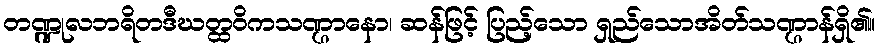
တဏ္ဍုလဘရိတဒီဃတ္ထဝိကသဏ္ဌာနော၊ ဆန်ဖြင့် ပြည့်သော ရှည်သောအိတ်သဏ္ဌာန်ရှိ၏။